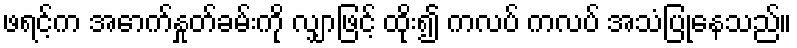
ဖရင့်က အောက်နှုတ်ခမ်းကို လျှာဖြင့် ထိုး၍ ကလပ် ကလပ် အသံပြုနေသည်။